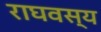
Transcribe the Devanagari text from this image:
राघवस्य